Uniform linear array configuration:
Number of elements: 16
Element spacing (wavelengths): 0.75
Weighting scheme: exponential
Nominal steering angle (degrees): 0
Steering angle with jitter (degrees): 0.9008
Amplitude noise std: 0.05
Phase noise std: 0.05

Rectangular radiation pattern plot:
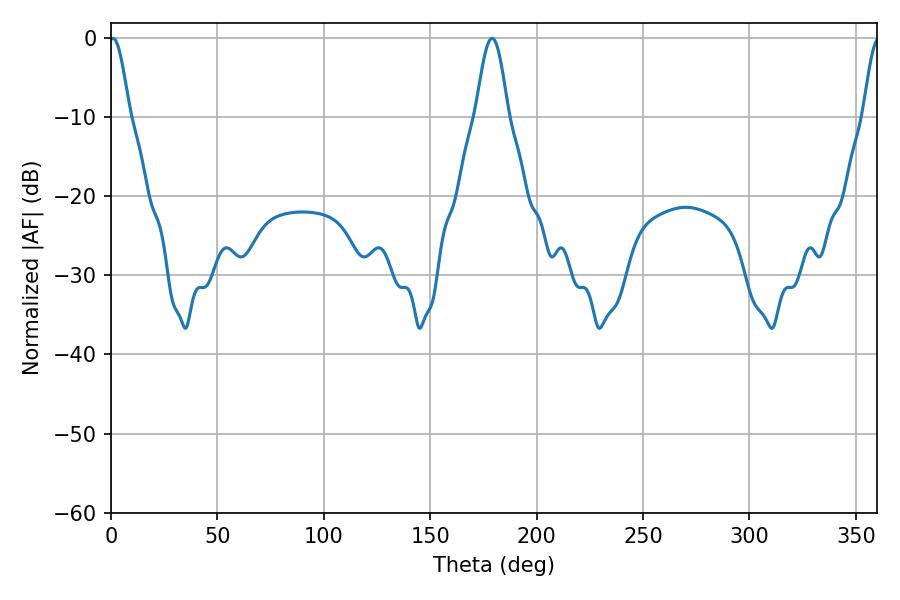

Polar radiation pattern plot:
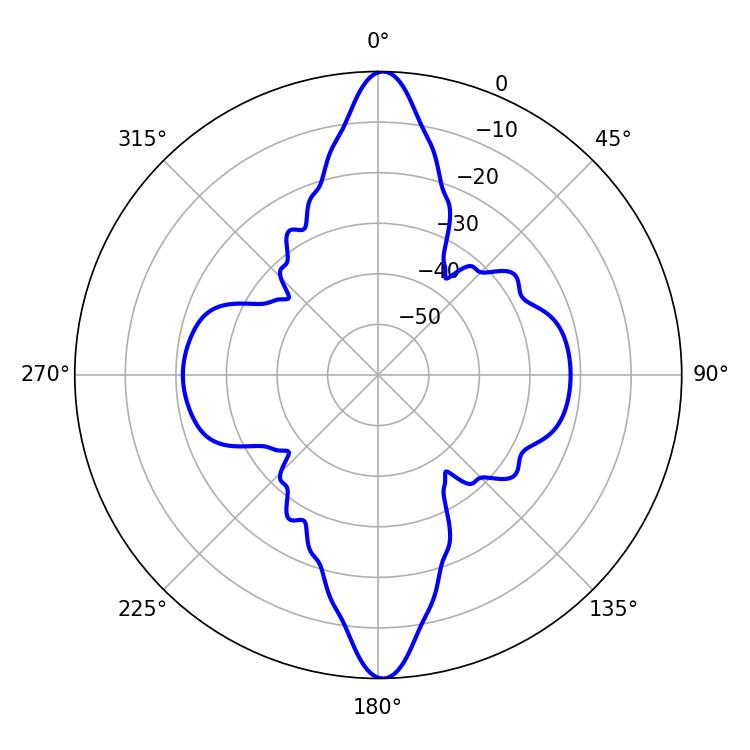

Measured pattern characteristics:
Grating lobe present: TRUE
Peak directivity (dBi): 25.32
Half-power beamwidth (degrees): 5.04
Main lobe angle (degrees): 0.9